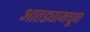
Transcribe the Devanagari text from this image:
आतड्यामधून